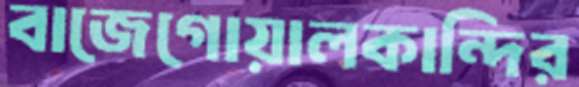
বাজেগোয়ালকান্দির